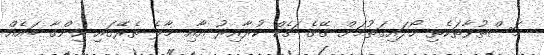
މަސްތުވާތަކެތި ހޯދައިގަތުމަށް ގޭގެ ޗެކް ކުރާއިރު އާއި މާލެ ތެރޭގައި ހިންގާ ބައެއް